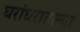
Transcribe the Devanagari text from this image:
घरांघरातल्या